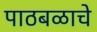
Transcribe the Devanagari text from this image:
पाठबळाचे